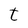
Character: t